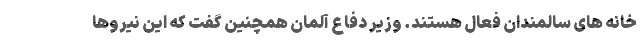
خانه های سالمندان فعال هستند. وزیر دفاع آلمان همچنین گفت که این نیروها